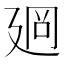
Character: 𢌡